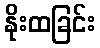
နိုးထခြင်း